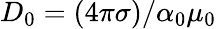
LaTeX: D_{0}=(4\pi\sigma)/\alpha_{0}\mu_{0}